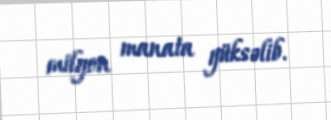
milyon manata yüksəlib.